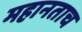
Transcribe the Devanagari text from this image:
महानताच